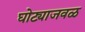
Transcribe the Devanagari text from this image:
घोट्याजवळ